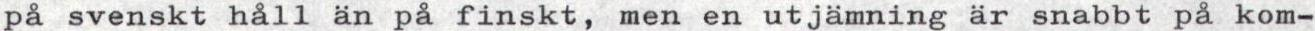
på svenskt håll än på finskt, men en utjämning är snabbt på kom-